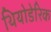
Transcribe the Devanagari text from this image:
थियोडेरिक